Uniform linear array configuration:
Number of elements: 4
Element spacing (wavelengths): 1
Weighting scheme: exponential
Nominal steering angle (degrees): -30
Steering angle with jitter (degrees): -29.525
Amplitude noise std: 0.05
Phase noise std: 0.05

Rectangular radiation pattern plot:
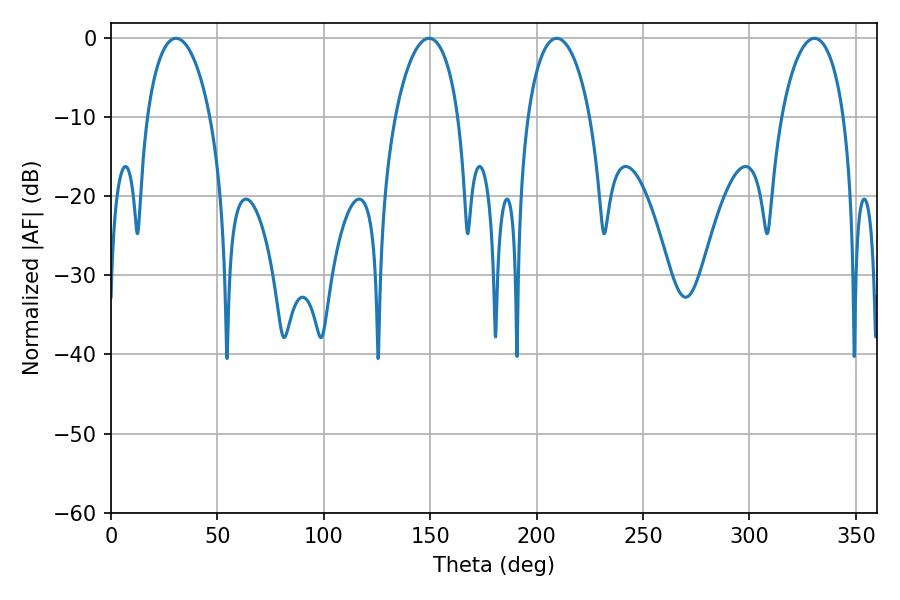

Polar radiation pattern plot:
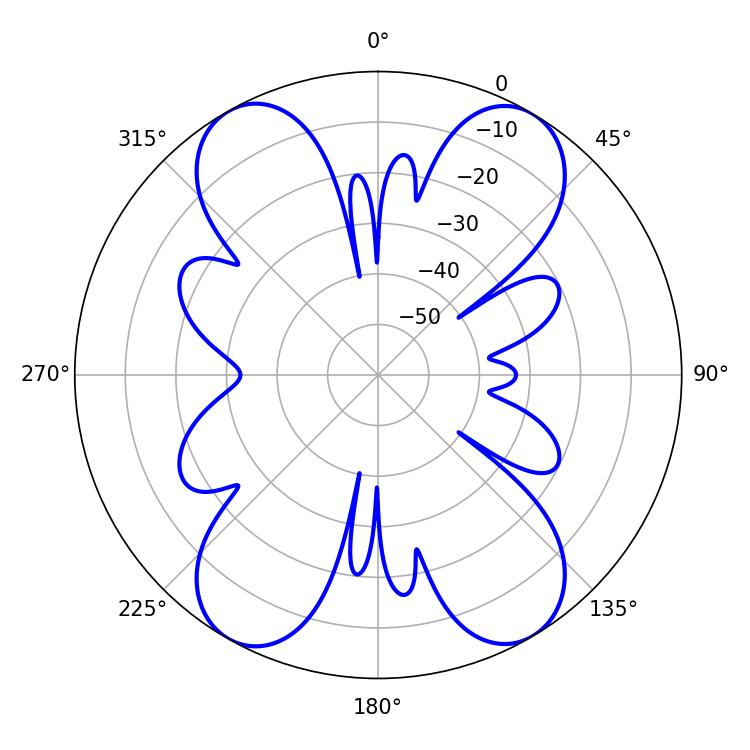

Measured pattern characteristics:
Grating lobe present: TRUE
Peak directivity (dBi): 24.251
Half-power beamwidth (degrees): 16.92
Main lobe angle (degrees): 30.6